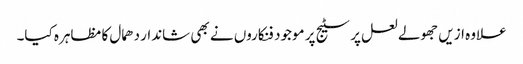
علاوہ ازیں جھولے لعل پر سٹیج پر موجود فنکاروں نے بھی شاندار دھمال کا مظاہرہ کیا۔